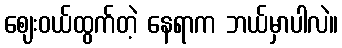
ဈေးဝယ်ထွက်တဲ့ နေရာက ဘယ်မှာပါလဲ။